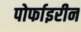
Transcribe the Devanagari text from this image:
पोर्फाइरीन